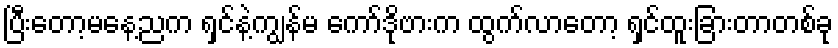
ပြီးတော့မနေ့ညက ရှင်နဲ့ကျွန်မ ကော်ဒိုဗားက ထွက်လာတော့ ရှင်ထူးခြားတာတစ်ခု